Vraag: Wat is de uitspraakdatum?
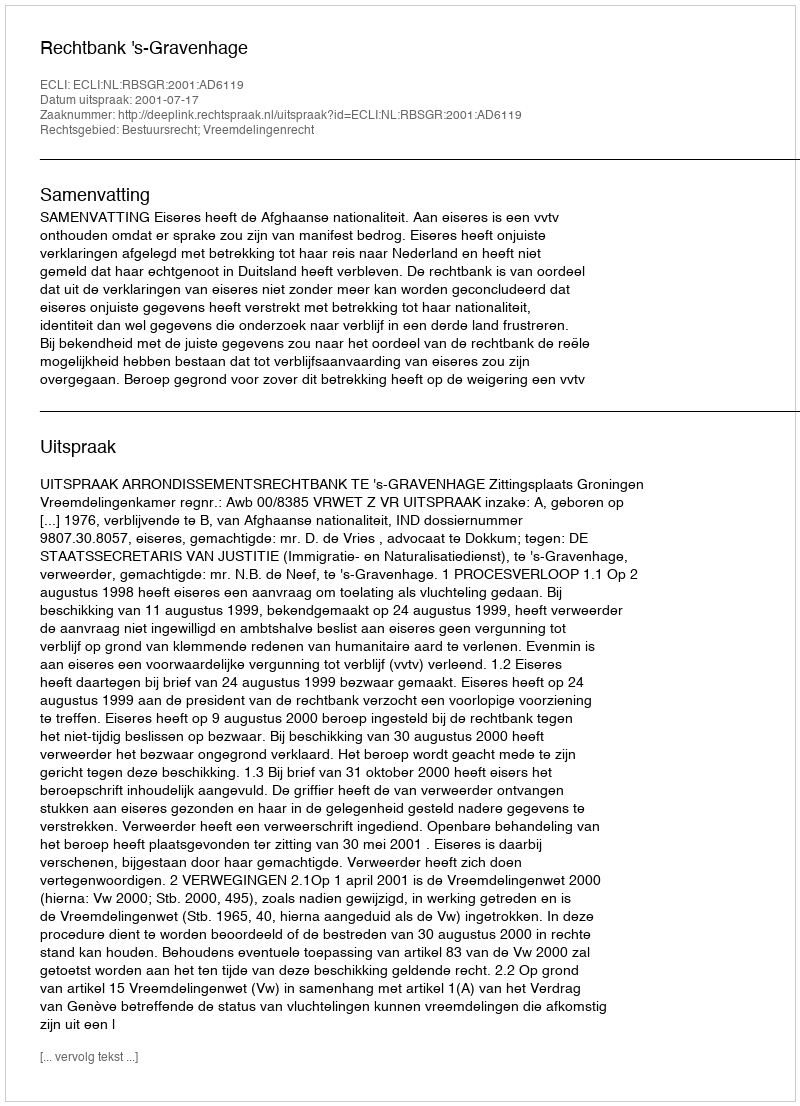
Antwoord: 2001-07-17